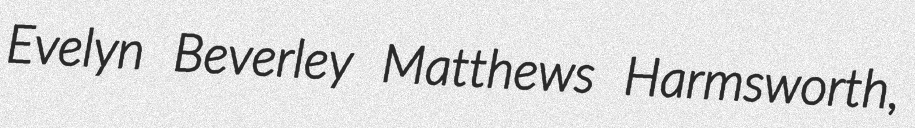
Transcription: Evelyn Beverley Matthews Harmsworth,